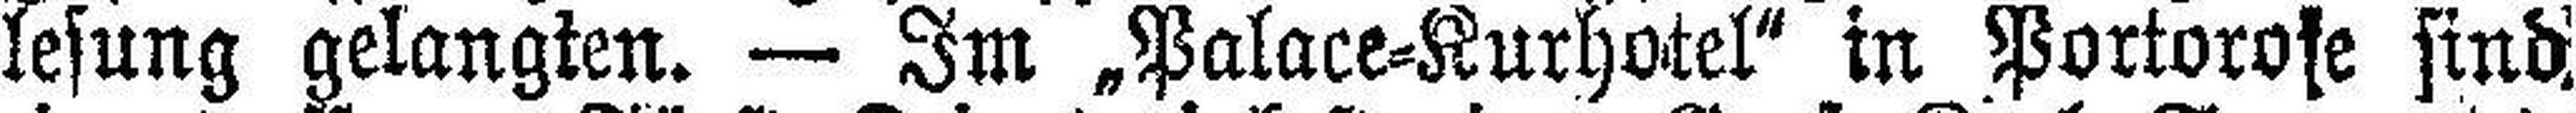
lesung gelangten. — Im „Palace=Kurhotel“ in Portoro###e sind